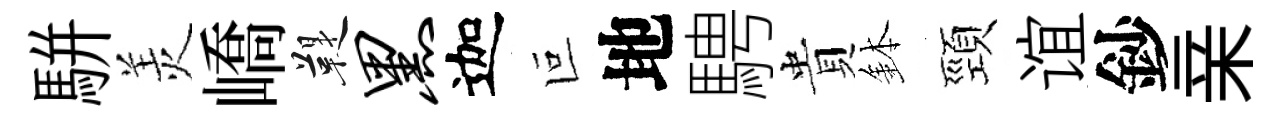
駢羙嶠鞮黑迦叵地騁貴鉢頸谊鈔亲